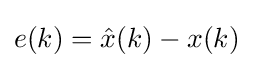
e(k)={\hat {x}}(k)-x(k)